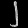
Digit: ၂